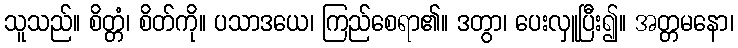
သူသည်။ စိတ္တံ၊ စိတ်ကို။ ပသာဒယေ၊ ကြည်စေရာ၏။ ဒတွာ၊ ပေးလှူပြီး၍။ အတ္တမနော၊